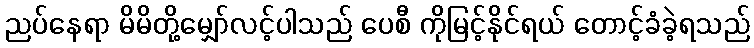
ညပ်နေရာ မိမိတို့မျှော်လင့်ပါသည် ပေစီ ကိုမြင့်နိုင်ရယ် တောင့်ခံခဲ့ရသည်